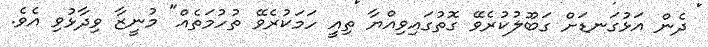
ދެން އަޅުގަނޑަށް ގަބޫލުކުރެވޭ ގޮތުގައިވިއްޔާ ތިއީ ހަމަކުރެވޭ ތުހުމަތެއް" މުނީޒާ ވިދާޅުވި އެވެ.